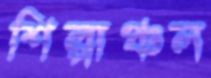
শিল্পাঞ্চল